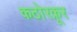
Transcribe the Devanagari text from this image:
कठोरक्रूर